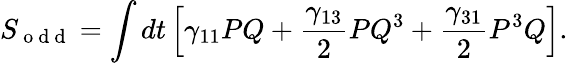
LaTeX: S_{\mathrm{~o~d~d~}}=\int dt\left[\gamma_{11}PQ+\frac{\gamma_{13}}{2}PQ^{3}+\frac{\gamma_{31}}{2}P^{3}Q\right].